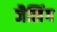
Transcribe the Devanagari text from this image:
जैलिंग